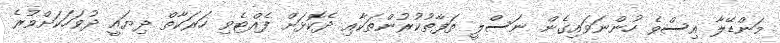
މަންޑޭލާ އިސްވެ ހުންނަވައިގެން ނަސްލީ ތަފާތުކުރުންތަކާއި ދެކޮޅަށް ފެއްޓެވި ހަރަކާތް ދިޔައީ ދުވަހަކަށްވުރެ